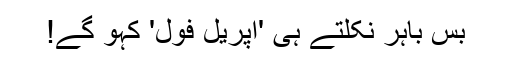
بس باہر نکلتے ہی 'اپریل فول' کہو گے!